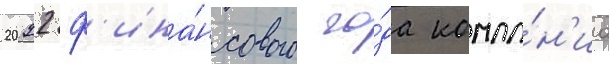
2022 ф'ина́нсового го́да компа́н'иа